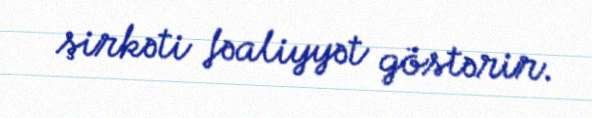
şirkəti fəaliyyət göstərir.